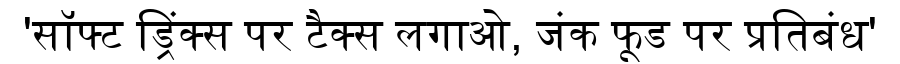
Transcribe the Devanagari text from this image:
'सॉफ्ट ड्रिंक्स पर टैक्स लगाओ, जंक फूड पर प्रतिबंध'